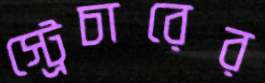
স্ট্রেচারের